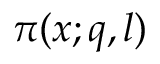
\pi ( x ; q , l )